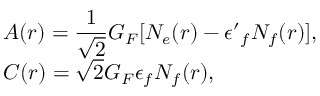
\begin{array} { l } { { A ( r ) = \displaystyle \frac { 1 } { \sqrt 2 } G _ { F } [ N _ { e } ( r ) - { \epsilon ^ { \prime } } _ { f } N _ { f } ( r ) ] , } } \\ { { C ( r ) = \sqrt 2 G _ { F } \epsilon _ { f } N _ { f } ( r ) , } } \end{array}